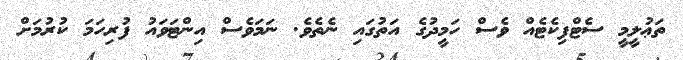
ތަޢުލީމީ ސެޓްފިކެޓެއް ވެސް ހަމީދުގެ އަތުގައި ނެތެވެ. ނަމަވެސް އިންޓަވައު ފުރިހަމަ ކުރުމަށް